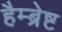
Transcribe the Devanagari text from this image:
हैम्ब्रेष्ट